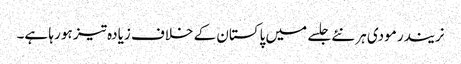
نریندر مودی ہر نئے جلسے میں پاکستان کے خلاف زیادہ تیز ہو رہا ہے۔